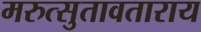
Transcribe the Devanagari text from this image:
मरुत्सुतावताराय